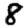
Digit: 8